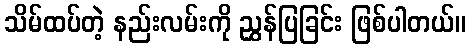
သိမ်ထပ်တဲ့ နည်းလမ်းကို ညွှန်ပြခြင်း ဖြစ်ပါတယ်။